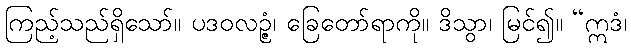
ကြည့်သည်ရှိသော်။ ပဒဝလဉ္ဇံ၊ ခြေတော်ရာကို။ ဒိသွာ၊ မြင်၍။ “ဣဒံ၊